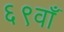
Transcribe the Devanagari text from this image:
६९वाँ